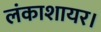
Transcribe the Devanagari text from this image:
लंकाशायर।